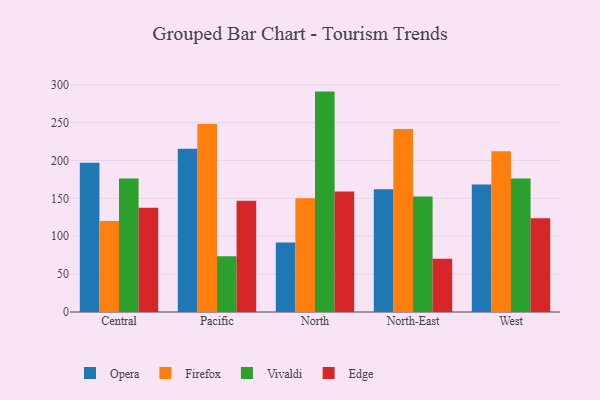
{"axis": {"x": "Region", "y": "Energy Usage (MWh)"}, "legend": ["Edge", "Firefox", "Opera", "Vivaldi"], "data": [{"x": "Central", "y": 197.2, "type": "Opera"}, {"x": "Central", "y": 120.3, "type": "Firefox"}, {"x": "Central", "y": 176.3, "type": "Vivaldi"}, {"x": "Central", "y": 137.8, "type": "Edge"}, {"x": "Pacific", "y": 215.6, "type": "Opera"}, {"x": "Pacific", "y": 248.2, "type": "Firefox"}, {"x": "Pacific", "y": 73.7, "type": "Vivaldi"}, {"x": "Pacific", "y": 147.0, "type": "Edge"}, {"x": "North", "y": 91.7, "type": "Opera"}, {"x": "North", "y": 150.1, "type": "Firefox"}, {"x": "North", "y": 291.0, "type": "Vivaldi"}, {"x": "North", "y": 159.0, "type": "Edge"}, {"x": "North-East", "y": 162.1, "type": "Opera"}, {"x": "North-East", "y": 241.7, "type": "Firefox"}, {"x": "North-East", "y": 152.6, "type": "Vivaldi"}, {"x": "North-East", "y": 70.3, "type": "Edge"}, {"x": "West", "y": 168.5, "type": "Opera"}, {"x": "West", "y": 212.4, "type": "Firefox"}, {"x": "West", "y": 176.4, "type": "Vivaldi"}, {"x": "West", "y": 123.9, "type": "Edge"}]}